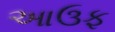
આઉફ